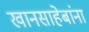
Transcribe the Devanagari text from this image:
खानसाहेबांना